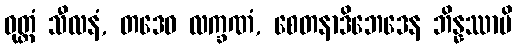
ဝုတ္တံ သီလနံ, တဒေဝ လက္ခဏံ, စေတနာဒိဘေဒေန ဘိန္နဿာပိ